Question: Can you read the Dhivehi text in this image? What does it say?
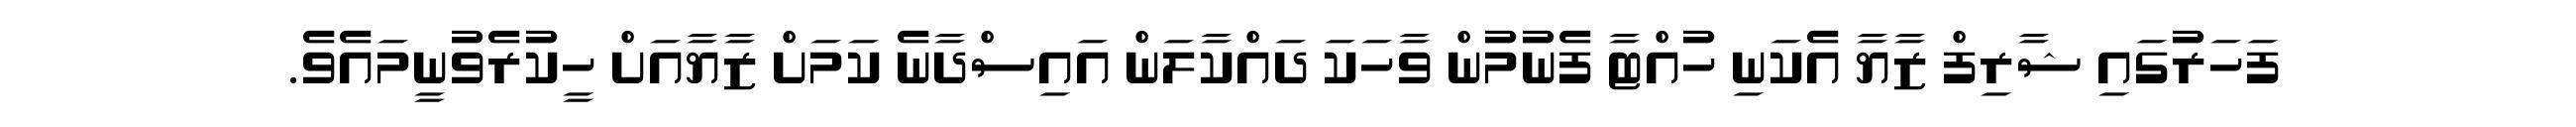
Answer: ފަހަރުގައި ޝާރިފް ޒާޔާ އެކަނި ހުއްޓާ ފެނުމުން ވާހަކަ ދައްކާލަން އައިސްދާނެ ކަމަށް ޒާޔާއަށް ހީކުރެވުނީމައެވެ.